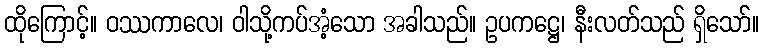
ထိုကြောင့်။ ဝဿကာလေ၊ ဝါသို့ကပ်အံ့သော အခါသည်။ ဥပကဋ္ဌေ၊ နီးလတ်သည် ရှိသော်။